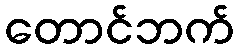
တောင်ဘက်